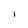
Character: l